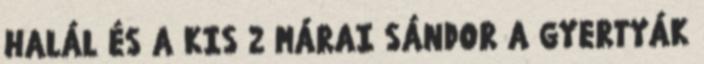
HALÁL ÉS A KIS 2 MÁRAI SÁNDOR A GYERTYÁK